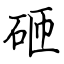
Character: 砸